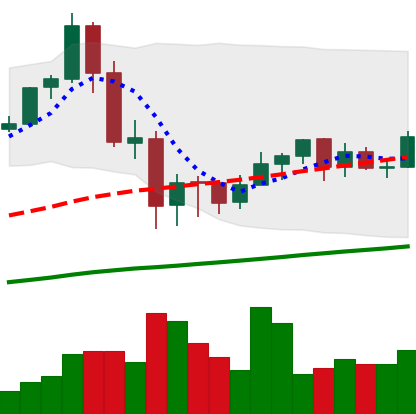
Ticker: ETH-USD
Chart end date: 2020-09-17
Forward return: -11.443%
Label: down_7plus